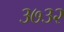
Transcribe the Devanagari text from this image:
३७३२